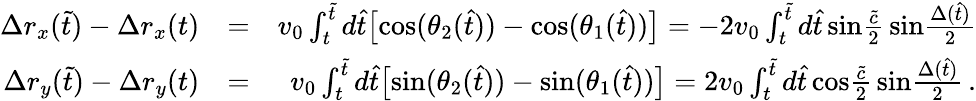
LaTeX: \begin{array}{rlr}{\Delta r_{x}(\tilde{t})-\Delta r_{x}(t)}&{=}&{v_{0}\int_{t}^{\tilde{t}}d\hat{t}\big[\mathrm{cos}(\theta_{2}(\hat{t}))-\mathrm{cos}(\theta_{1}(\hat{t}))\big]=-2v_{0}\int_{t}^{\tilde{t}}d\hat{t}\, \mathrm{sin}{\frac{\tilde{c}}{2}}\, \mathrm{sin}{\frac{\Delta(\hat{t})}{2}}}\\ {\Delta r_{y}(\tilde{t})-\Delta r_{y}(t)}&{=}&{v_{0}\int_{t}^{\tilde{t}}d\hat{t}\big[\mathrm{sin}(\theta_{2}(\hat{t}))-\mathrm{sin}(\theta_{1}(\hat{t}))\big]=2v_{0}\int_{t}^{\tilde{t}}d\hat{t}\, \mathrm{cos}{\frac{\tilde{c}}{2}}\, \mathrm{sin}{\frac{\Delta(\hat{t})}{2}}\, .}\end{array}